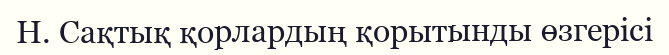
H. Сақтық қорлардың қорытынды өзгерісі